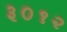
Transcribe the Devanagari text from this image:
३०१२